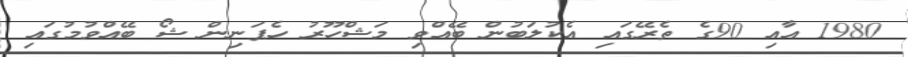
1980 އާއި 90ގެ ތެރޭގައި އެކުލަބުން ބޭއްވި މަޝްހޫރު ހެޕަނިން ޝޯ ބޭއްވުމުގައި